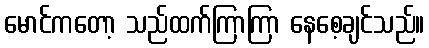
မောင်ကတော့ သည်ထက်ကြာကြာ နေစေ့ချင်သည်။